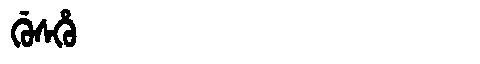
Manchu: ᡤᡠᠰᡥᡠ
Romanization: GUSHU